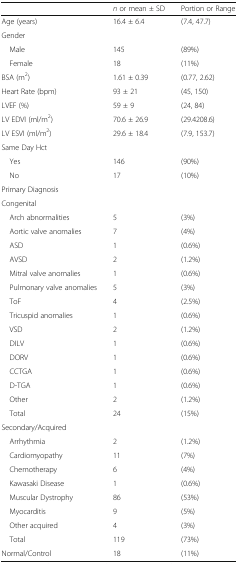
<table><thead><tr><td></td><td><b><i>n</i> or mean ± SD</b></td><td><b>Portion or Range</b></td></tr></thead><tbody><tr><td>Age (years)</td><td>16.4 ± 6.4</td><td>(7.4, 47.7)</td></tr><tr><td colspan="3">Gender</td></tr><tr><td> Male</td><td>145</td><td>(89%)</td></tr><tr><td> Female</td><td>18</td><td>(11%)</td></tr><tr><td>BSA (m<sup>2</sup>)</td><td>1.61 ± 0.39</td><td>(0.77, 2.62)</td></tr><tr><td>Heart Rate (bpm)</td><td>93 ± 21</td><td>(45, 150)</td></tr><tr><td>LVEF (%)</td><td>59 ± 9</td><td>(24, 84)</td></tr><tr><td>LV EDVI (ml/m<sup>2</sup>)</td><td>70.6 ± 26.9</td><td>(29.4208.6)</td></tr><tr><td>LV ESVI (ml/m<sup>2</sup>)</td><td>29.6 ± 18.4</td><td>(7.9, 153.7)</td></tr><tr><td colspan="3">Same Day Hct</td></tr><tr><td> Yes</td><td>146</td><td>(90%)</td></tr><tr><td> No</td><td>17</td><td>(10%)</td></tr><tr><td colspan="3">Primary Diagnosis</td></tr><tr><td colspan="3">Congenital</td></tr><tr><td> Arch abnormalities</td><td>5</td><td>(3%)</td></tr><tr><td> Aortic valve anomalies</td><td>7</td><td>(4%)</td></tr><tr><td> ASD</td><td>1</td><td>(0.6%)</td></tr><tr><td> AVSD</td><td>2</td><td>(1.2%)</td></tr><tr><td> Mitral valve anomalies</td><td>1</td><td>(0.6%)</td></tr><tr><td> Pulmonary valve anomalies</td><td>5</td><td>(3%)</td></tr><tr><td> ToF</td><td>4</td><td>(2.5%)</td></tr><tr><td> Tricuspid anomalies</td><td>1</td><td>(0.6%)</td></tr><tr><td> VSD</td><td>2</td><td>(1.2%)</td></tr><tr><td> DILV</td><td>1</td><td>(0.6%)</td></tr><tr><td> DORV</td><td>1</td><td>(0.6%)</td></tr><tr><td> CCTGA</td><td>1</td><td>(0.6%)</td></tr><tr><td> D-TGA</td><td>1</td><td>(0.6%)</td></tr><tr><td> Other</td><td>2</td><td>(1.2%)</td></tr><tr><td> Total</td><td>24</td><td>(15%)</td></tr><tr><td colspan="3">Secondary/Acquired</td></tr><tr><td> Arrhythmia</td><td>2</td><td>(1.2%)</td></tr><tr><td> Cardiomyopathy</td><td>11</td><td>(7%)</td></tr><tr><td> Chemotherapy</td><td>6</td><td>(4%)</td></tr><tr><td> Kawasaki Disease</td><td>1</td><td>(0.6%)</td></tr><tr><td> Muscular Dystrophy</td><td>86</td><td>(53%)</td></tr><tr><td> Myocarditis</td><td>9</td><td>(5%)</td></tr><tr><td> Other acquired</td><td>4</td><td>(3%)</td></tr><tr><td> Total</td><td>119</td><td>(73%)</td></tr><tr><td>Normal/Control</td><td>18</td><td>(11%)</td></tr></tbody></table>